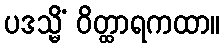
ပဒသ္မိံ ဝိတ္ထာရကထာ။